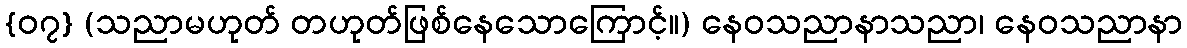
{၀၇} (သညာမဟုတ် တဟုတ်ဖြစ်နေသောကြောင့်။) နေဝသညာနာသညာ၊ နေဝသညာနာ